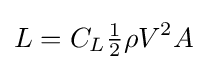
L=C_{L}{\tfrac {1}{2}}\rho V^{2}A